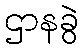
ဌာနခွဲ